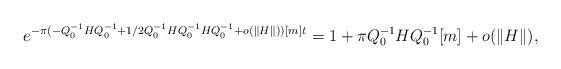
LaTeX: \begin{align*}e^{-\pi (-Q_0^{-1} H Q_0^{-1} + 1/2 Q_0^{-1}HQ_0^{-1} H Q_0^{-1} + o(\lVert H\rVert))[m]t}= 1 + \pi Q_0^{-1} H Q_0^{-1} [m] + o(\lVert H\rVert) ,\end{align*}